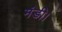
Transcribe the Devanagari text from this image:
मंडी।